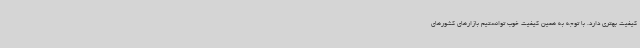
کیفیت بهتری دارد. با توجه به همین کیفیت خوب توانستیم بازارهای کشورهای